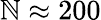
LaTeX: \mathbb{N}\approx200